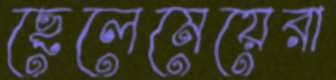
ছেলেমেয়েরা